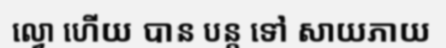
ល្វោ ហើយ បាន បន្ត ទៅ សាយភាយ